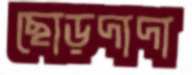
ছোড়দাদা